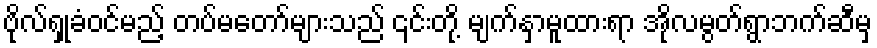
ဗိုလ်ရှုခံဝင်မည့် တပ်မတော်များသည် ၎င်းတို့ မျက်နှာမူထားရာ အိုလမွတ်ရွာဘက်ဆီမှ